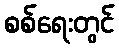
စစ်ရေးတွင်